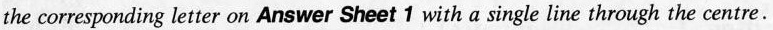
the corresponding letter on Answer Sheet 1 with a single line through the centre.